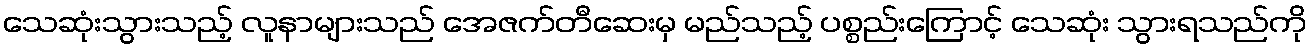
သေဆုံးသွားသည့် လူနာများသည် အေဇက်တီဆေးမှ မည်သည့် ပစ္စည်းကြောင့် သေဆုံး သွားရသည်ကို